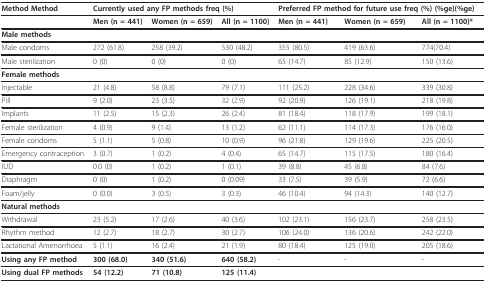
<table><thead><tr><td><b>Method Method</b></td><td colspan="3"><b>Currently used any FP methods freq (%)</b></td><td colspan="3"><b>Preferred FP method for future use freq (%) (%ge)(%ge)</b></td></tr></thead><tbody><tr><td></td><td><b>Men </b>(n <b>= </b>441)</td><td><b>Women </b>(n = 659)</td><td><b>All </b>(n = 1100)</td><td><b>Men </b>(n <b>= </b>441)</td><td><b>Women </b>(n <b>= </b>659)</td><td><b>All </b>(n = 1100)*</td></tr><tr><td><b>Male methods</b></td><td></td><td></td><td></td><td></td><td></td><td></td></tr><tr><td>Male condoms</td><td>272 (61.8)</td><td>258 (39.2)</td><td>530 (48.2)</td><td>355 (80.5)</td><td>419 (63.6)</td><td>774(70.4)</td></tr><tr><td>Male sterilization</td><td>0 (0)</td><td>0 (0)</td><td>0 (0)</td><td>65 (14.7)</td><td>85 (12.9)</td><td>150 (13.6)</td></tr><tr><td><b>Female methods</b></td><td></td><td></td><td></td><td></td><td></td><td></td></tr><tr><td>Injectable</td><td>21 (4.8)</td><td>58 (8.8)</td><td>79 (7.1)</td><td>111 (25.2)</td><td>228 (34.6)</td><td>339 (30.8)</td></tr><tr><td>Pill</td><td>9 (2.0)</td><td>23 (3.5)</td><td>32 (2.9)</td><td>92 (20.9)</td><td>126 (19.1)</td><td>218 (19.8)</td></tr><tr><td>Implants</td><td>11 (2.5)</td><td>15 (2.3)</td><td>26 (2.4)</td><td>81 (18.4)</td><td>118 (17.9)</td><td>199 (18.1)</td></tr><tr><td>Female sterilization</td><td>4 (0.9)</td><td>9 (1.4)</td><td>13 (1.2)</td><td>62 (11.1)</td><td>114 (17.3)</td><td>176 (16.0)</td></tr><tr><td>Female condoms</td><td>5 (1.1)</td><td>5 (0.8)</td><td>10 (0.9)</td><td>96 (21.8)</td><td>129 (19.6)</td><td>225 (20.5)</td></tr><tr><td>Emergency contraception</td><td>3 (0.7)</td><td>1 (0.2)</td><td>4 (0.4)</td><td>65 (14.7)</td><td>115 (17.5)</td><td>180 (16.4)</td></tr><tr><td>IUD</td><td>0.0 (0)</td><td>1 (0.2)</td><td>1 (0.1)</td><td>39 (8.8)</td><td>45 (6.8)</td><td>84 (7.6)</td></tr><tr><td>Diaphragm</td><td>0 (0)</td><td>1 (0.2)</td><td>0 (0.09)</td><td>33 (7.5)</td><td>39 (5.9)</td><td>72 (6.6)</td></tr><tr><td>Foam/jelly</td><td>0 (0.0)</td><td>3 (0.5)</td><td>3 (0.3)</td><td>46 (10.4)</td><td>94 (14.3)</td><td>140 (12.7)</td></tr><tr><td><b>Natural methods</b></td><td></td><td></td><td></td><td></td><td></td><td></td></tr><tr><td>Withdrawal</td><td>23 (5.2)</td><td>17 (2.6)</td><td>40 (3.6)</td><td>102 (23.1)</td><td>156 (23.7)</td><td>258 (23.5)</td></tr><tr><td>Rhythm method</td><td>12 (2.7)</td><td>18 (2.7)</td><td>30 (2.7)</td><td>106 (24.0)</td><td>136 (20.6)</td><td>242 (22.0)</td></tr><tr><td>Lactational Amenorrhoea</td><td>5 (1.1)</td><td>16 (2.4)</td><td>21 (1.9)</td><td>80 (18.4)</td><td>125 (19.0)</td><td>205 (18.6)</td></tr><tr><td><b>Using any FP method</b></td><td><b>300 (68.0)</b></td><td><b>340 (51.6)</b></td><td><b>640 (58.2)</b></td><td>-</td><td>-</td><td>-</td></tr><tr><td><b>Using dual FP methods</b></td><td><b>54 (12.2)</b></td><td><b>71 (10.8)</b></td><td><b>125 (11.4)</b></td><td></td><td></td><td></td></tr></tbody></table>